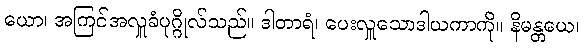
ယော၊ အကြင်အလှူခံပုဂ္ဂိုလ်သည်။ ဒါတာရံ၊ ပေးလှူသောဒါယကာကို။ နိမန္တယေ၊